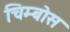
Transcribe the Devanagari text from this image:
चिम्बोस